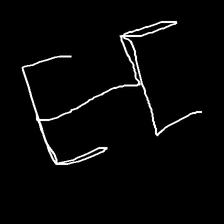
Glyph: entwine